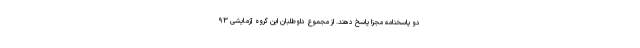
دو پاسخنامه مجزا پاسخ دهند. از مجموع داوطلبان این گروه آزمایشی ۹۳